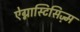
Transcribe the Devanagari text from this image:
ऐग्नास्टिसिज़्म